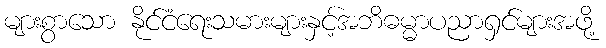
များစွာသော နိုင်ငံရေးသမားများနှင့်အဘိဓမ္မာပညာရှင်များအဖို့